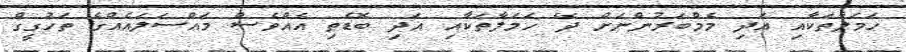
ހަމަލާތަކާއި އަދި މެމްބަރުންނަށް ދޭ ހަމަލާތަކާއި އަދި ބޮޑެތި އެއްވެސް މައްސަލައެއްގެ ތަހުގީގް